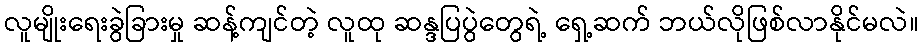
လူမျိုးရေးခွဲခြားမှု ဆန့်ကျင်တဲ့ လူထု ဆန္ဒပြပွဲတွေရဲ့ ရှေ့ဆက် ဘယ်လိုဖြစ်လာနိုင်မလဲ။